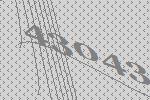
43043